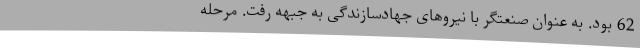
62 بود. به عنوان صنعتگر با نیروهای جهادسازندگی به جبهه رفت. مرحله